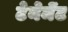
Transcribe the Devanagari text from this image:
टेनेमेंट